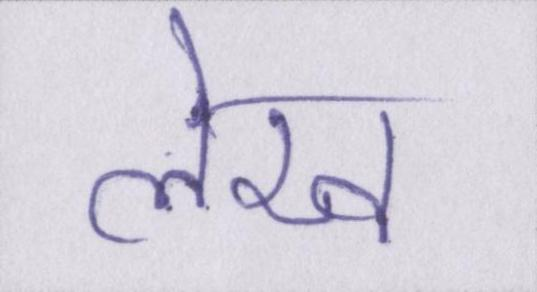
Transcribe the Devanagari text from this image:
लेख